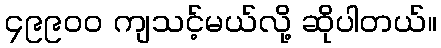
၄၉၉၀၀ ကျသင့်မယ်လို့ ဆိုပါတယ်။